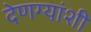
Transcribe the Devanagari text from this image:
देणग्यांशी